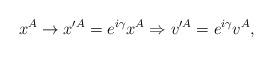
LaTeX: \begin{align*}x^A \rightarrow x'^A = e^{i\gamma}x^A \Rightarrow v'^A = e^{i\gamma}v^A,\end{align*}